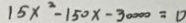
1 5 x ^ { 2 } - 1 5 0 x - 3 0 0 0 0 = 0